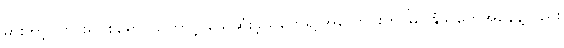
မားဘာ့ဂ် ဗိုင်းရပ်စ်ရောဂါကြောင့် သေဆုံးခဲ့သူတွေရဲ့ အလောင်းကို မြှုပ်နှံသူတွေအနေနဲ့လည်း